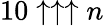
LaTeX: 10\uparrow\uparrow\uparrow n